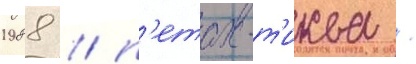
1988 / п'етах-т'иква /